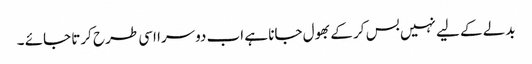
بدلے کے لیے نہیں بس کر کے بھول جانا ہے اب دوسرا اسی طرح کرتا جائے ۔